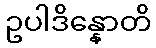
ဥပါဒိန္နောတိ